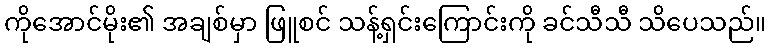
ကိုအောင်မိုး၏ အချစ်မှာ ဖြူစင် သန့်ရှင်းကြောင်းကို ခင်သီသီ သိပေသည်။